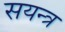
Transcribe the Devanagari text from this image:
सयन्त्र